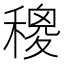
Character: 𥢄